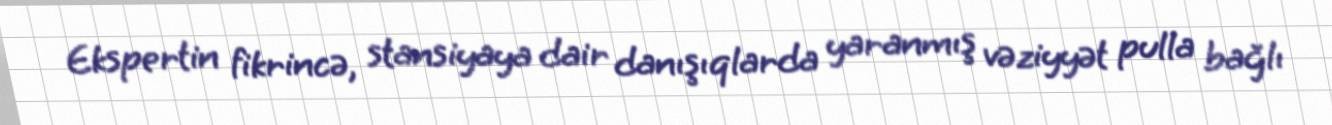
Ekspertin fikrincə, stansiyaya dair danışıqlarda yaranmış vəziyyət pulla bağlı